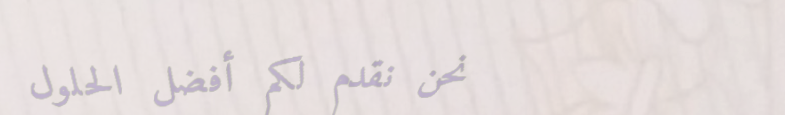
نحن نقدم لكم أفضل الحلول